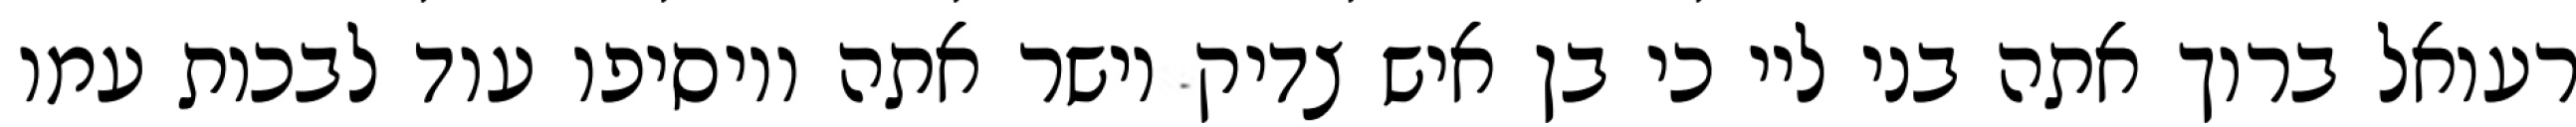
רעואל ברוך אתה בני ליי כי בן איש צדיק וישר אתה ויוסיפו עוד לבכות עמו